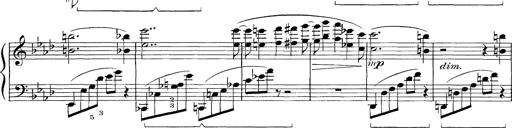
Title: FÃ¼nf KlavierstÃ¼cke
Composer: Franz Liszt